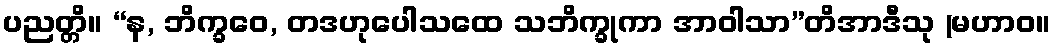
ပညတ္တိ။ “န, ဘိက္ခဝေ, တဒဟုပေါသထေ သဘိက္ခုကာ အာဝါသာ”တိအာဒီသု (မဟာဝ။